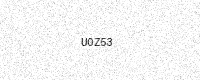
Text: U0Z53